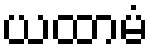
ယထာမံ